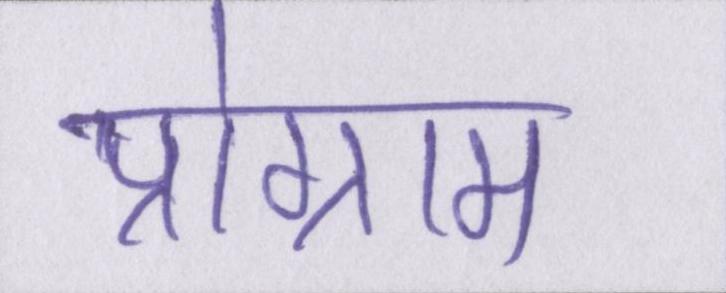
प्रोग्राम